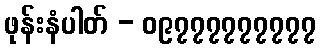
ဖုန်းနံပါတ် - ၀၉၇၇၇၇၇၇၇၇၇